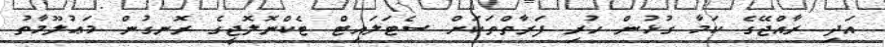
އަދި ރާއްޖޭގެ ކަމާ ގުޅުން ހުރި ފަރާތްތަކަށް ސެޓަލައިޓް ޓެކްނޮލޮޖީގެ ރޮނގުން މަޢުލޫމާތު